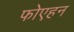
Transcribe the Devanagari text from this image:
फोएहन